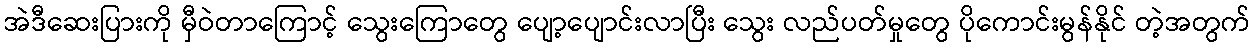
အဲဒီဆေးပြားကို မှီဝဲတာကြောင့် သွေးကြောတွေ ပျော့ပျောင်းလာပြီး သွေး လည်ပတ်မှုတွေ ပိုကောင်းမွန်နိုင် တဲ့အတွက်